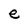
Character: e